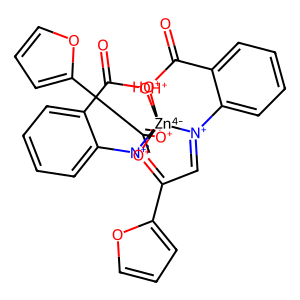
SMILES: O=C1[OH+][Zn-4]234([O+]=C(c5ccco5)C=[N+]2c2ccccc21)[O+]=C(c1ccco1)C=[N+]3c1ccccc1C(=O)[OH+]4
Inhibits HIV replication: No